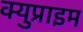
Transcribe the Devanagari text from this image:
क्युप्राइम